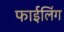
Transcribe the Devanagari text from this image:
फाईलिंग